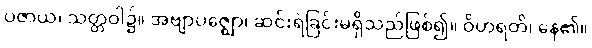
ပဇာယ၊ သတ္တဝါ၌။ အဗျာပဇ္ဈော၊ ဆင်းရဲခြင်းမရှိသည်ဖြစ်၍။ ဝိဟရတိ၊ နေ၏။